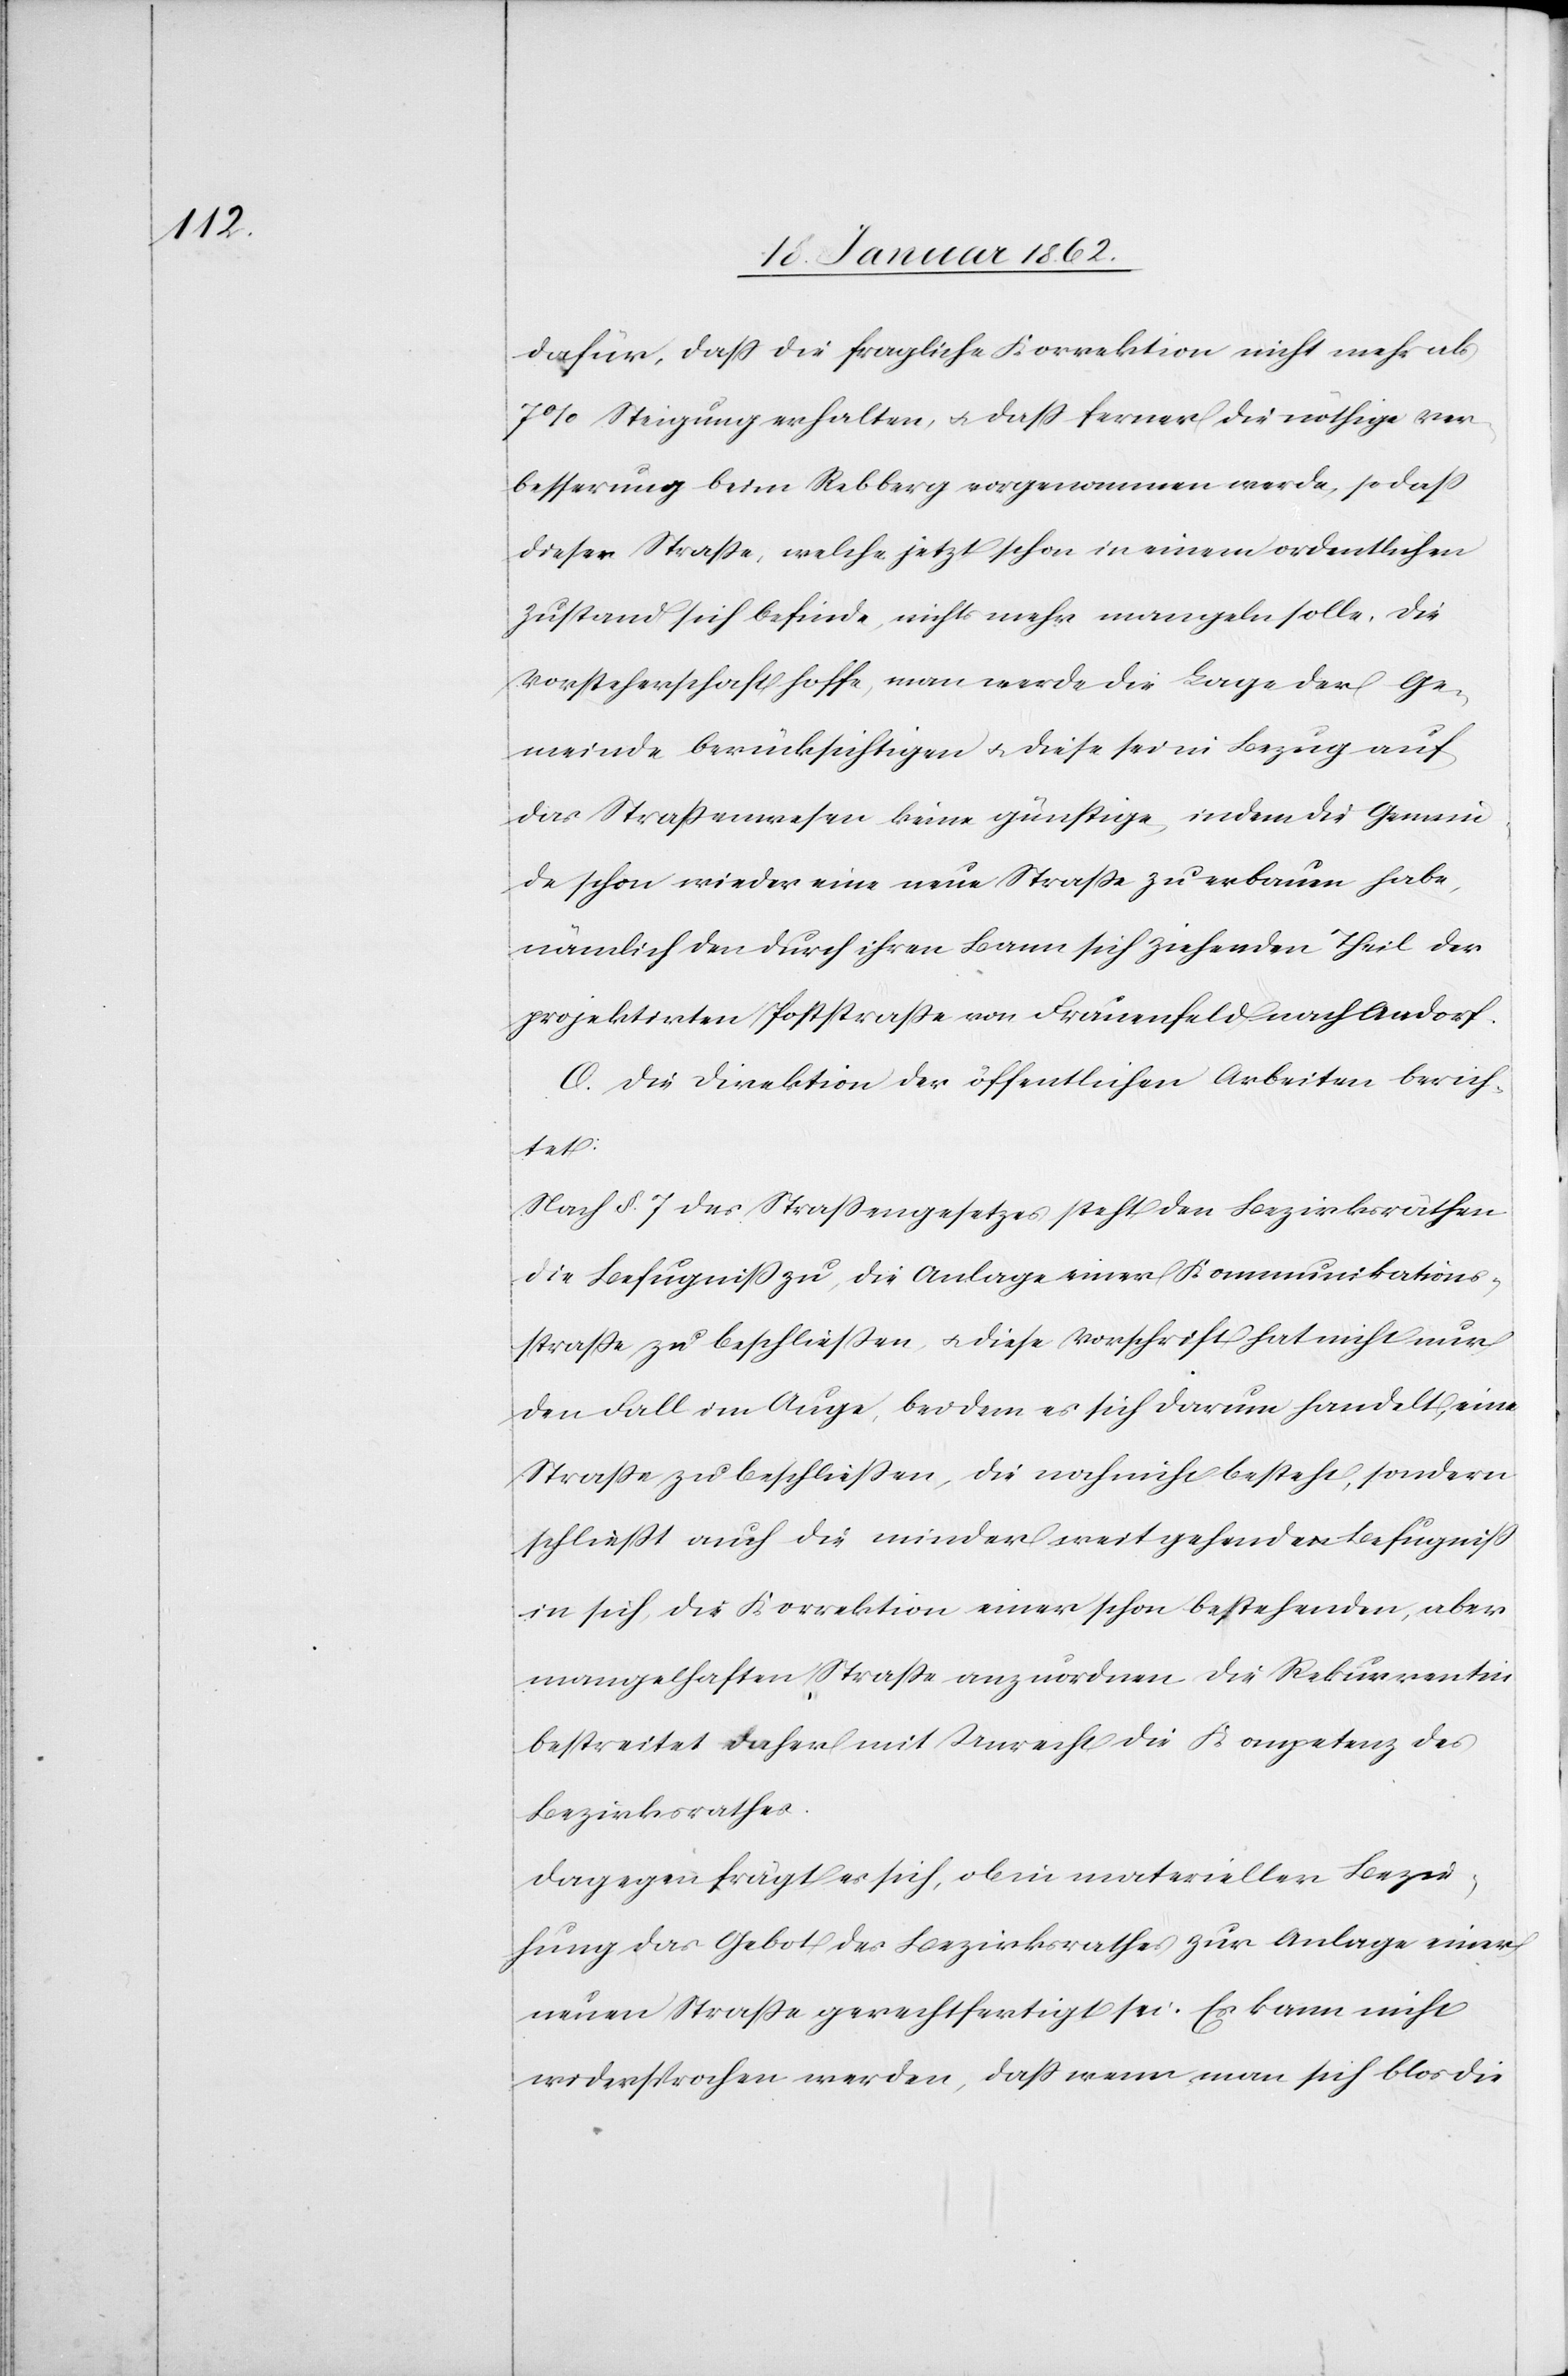
dafür, daß die fragliche Korrektion nicht mehr als
7% Steigung erhalten, u. daß ferner die nöthige Ver¬
besserung beim Rebberg vorgenommen werde, so daß
dieser Straße, welche jetzt schon in einem ordentlichen
Zustand sich befinde, nichts mehr mangeln solle. Die
Vorsteherschaft hoffe, man werde die Lage der Ge¬
meinde berücksichtigen u. diese sei in Bezug auf
das Straßenwesen keine günstige, indem die Gemein¬
de schon wieder eine neue Straße zu erbauen habe,
nämlich den durch ihren Bann sich ziehenden Theil der
projektirten Poststraße von Frauenfeld nach Aadorf.
O. Die Direktion der öffentlichen Arbeiten berich¬
tet:
Nach §. 7 des Straßengesetzes steht den Bezirksräthen
die Befugniß zu, die Anlage einer Kommunikations¬
straße zu beschließen, u. diese Vorschrift hat nicht nur
den Fall im Auge, bei dem es sich darum handelt, eine
Straße zu beschließen, die noch nicht besteht, sondern
schließt auch die minder weit gehende Befugniß
in sich, die Korrektion einer schon bestehenden, aber
mangelhaften Straße anzuordnen. Die Rekurrentin
bestreitet daher mit Unrecht die Kompetenz des
Bezirksrathes.
Dagegen frägt es sich, ob in materieller Bezie¬
hung das Gebot des Bezirksrathes zur Anlage einer
neuen Straße gerechtfertigt sei. Es kann nicht
widersprochen werden, daß wenn man sich blos die